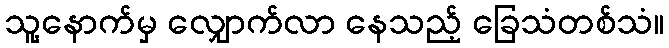
သူ့နောက်မှ လျှောက်လာ နေသည့် ခြေသံတစ်သံ။